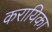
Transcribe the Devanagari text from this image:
करायिका